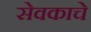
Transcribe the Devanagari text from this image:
सेवकाचे